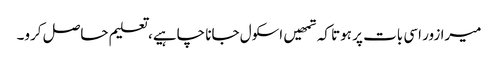
میرا زور اسی بات پر ہوتا کہ تمھیں اسکول جانا چاہیے، تعلیم حاصل کرو۔